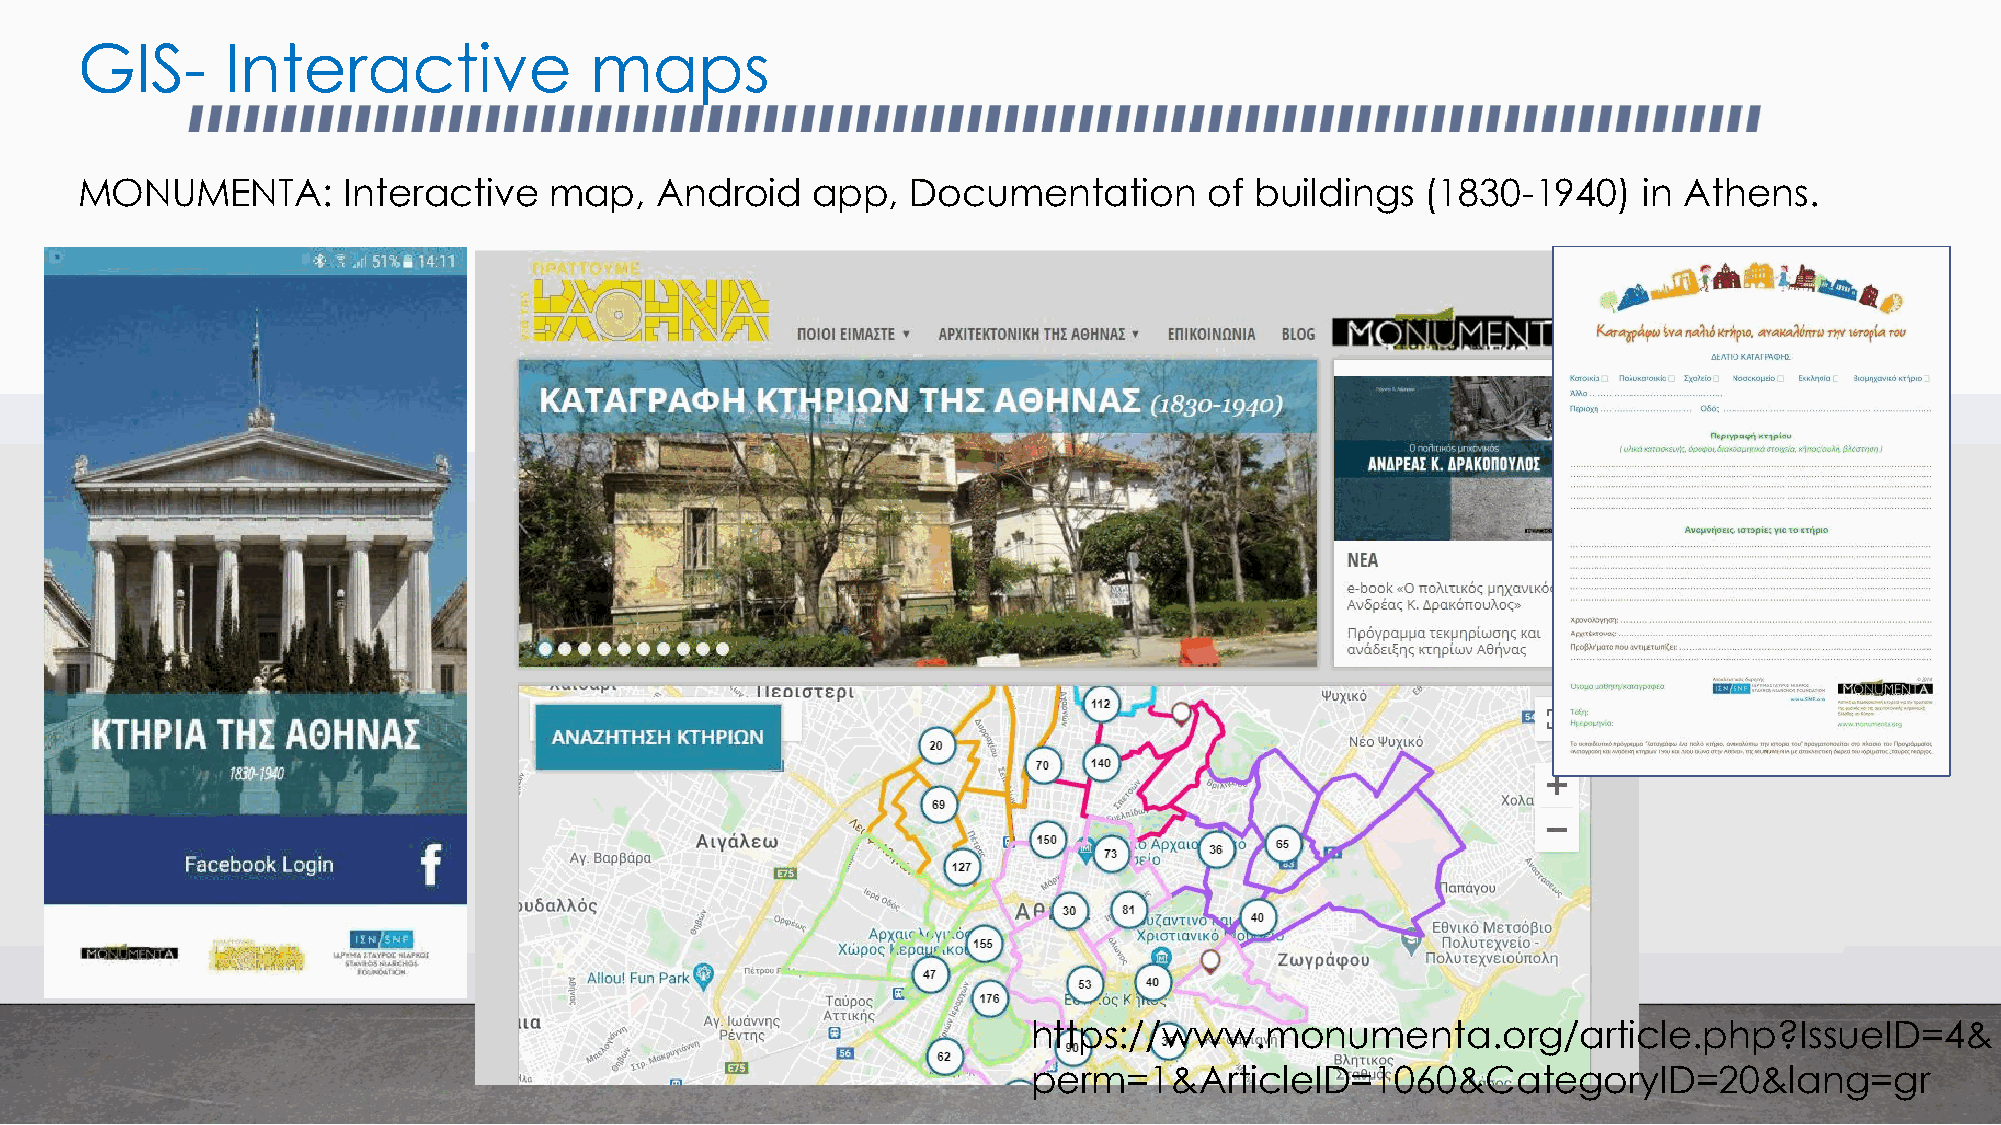
GIS-      Interactive             maps
 MONUMENTA:        Interactive  map,   Android    app,  Documentation       of buildings  (1830-1940)    in Athens.
 https://www.monumenta.org/article.php?IssueID=4&
 perm=1&ArticleID=1060&CategoryID=20&lang=gr